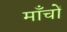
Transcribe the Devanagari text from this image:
माँचों